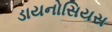
ડાયનોસિયસ